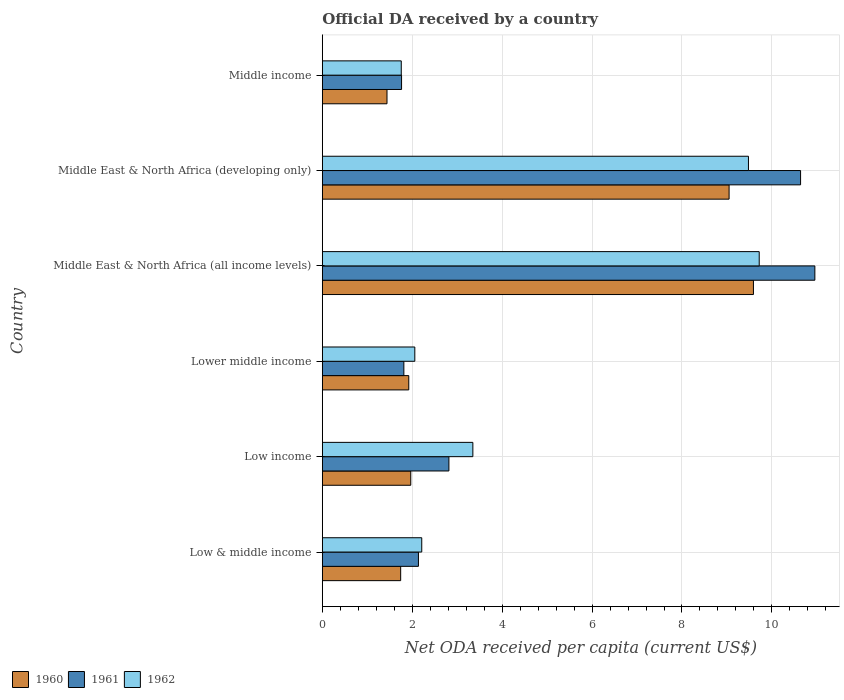
| Country | 1960 | 1961 | 1962 |
 | --- | --- | --- | --- |
 | Low & middle income | 1.74 | 2.14 | 2.21 |
 | Low income | 1.97 | 2.82 | 3.35 |
 | Lower middle income | 1.92 | 1.81 | 2.06 |
 | Middle East & North Africa (all income levels) | 9.59 | 11 | 9.72 |
 | Middle East & North Africa (developing only) | 9.05 | 10.6 | 9.48 |
 | Middle income | 1.44 | 1.76 | 1.76 |